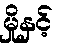
မှိုနှင့်